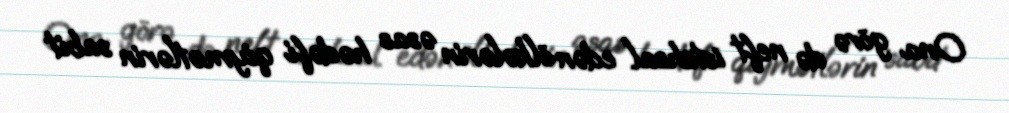
Ona görə də neft istehsal edən ölkələrin əsas hədəfi qiymətlərin sabit